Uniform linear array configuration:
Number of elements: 8
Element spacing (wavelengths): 0.25
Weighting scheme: binomial
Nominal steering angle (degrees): -60
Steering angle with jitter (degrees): -58.053
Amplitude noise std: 0.05
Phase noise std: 0.05

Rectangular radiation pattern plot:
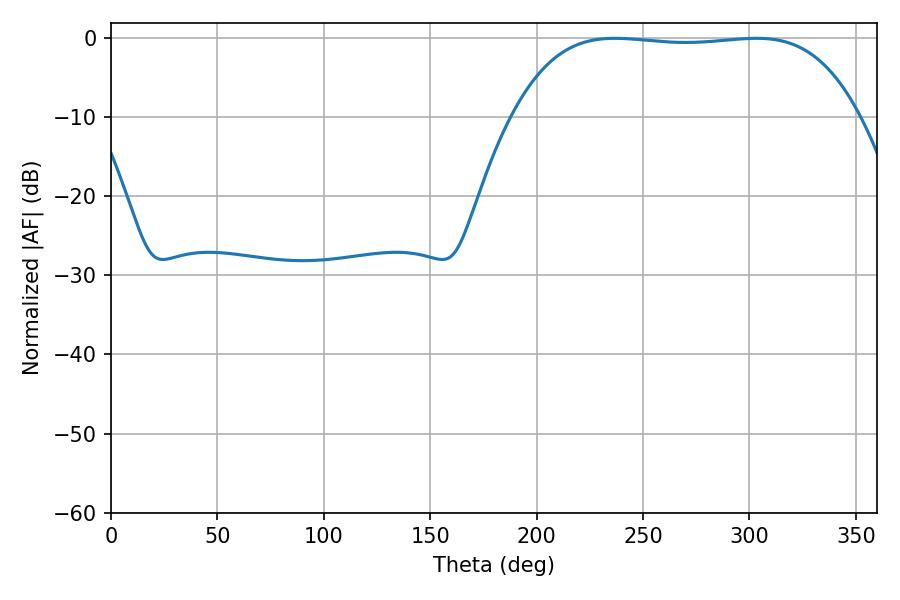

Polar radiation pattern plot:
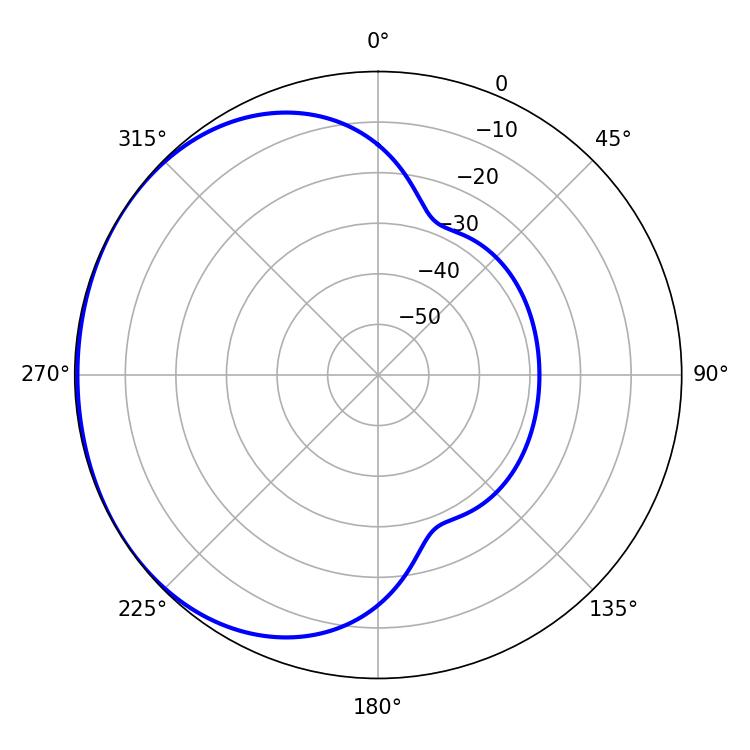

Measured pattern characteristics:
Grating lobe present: FALSE
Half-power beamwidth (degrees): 127.08
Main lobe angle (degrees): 236.7